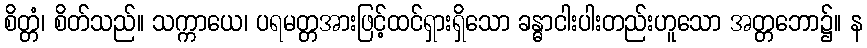
စိတ္တံ၊ စိတ်သည်။ သက္ကာယေ၊ ပရမတ္တအားဖြင့်ထင်ရှားရှိသော ခန္ဓာငါးပါးတည်းဟူသော အတ္တဘော၌။ န